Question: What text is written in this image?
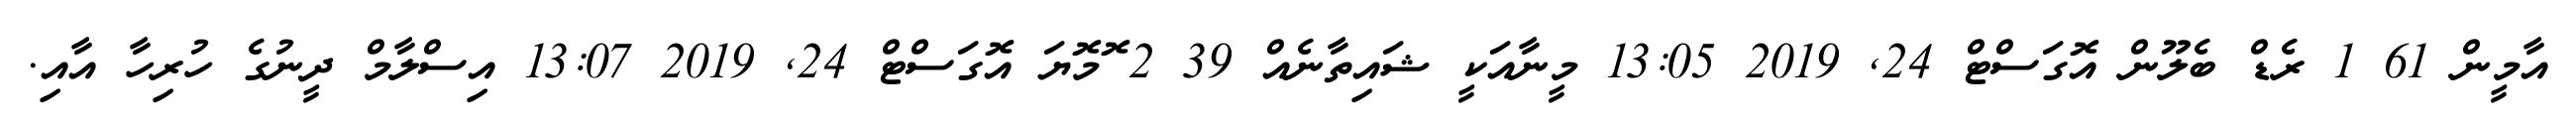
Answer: އާމީން 61 1 ރެޑް ބެލޫން އޮގަސްޓް 24, 2019 13:05 މީނާއަކީ ޝައިތާނެއް 39 2 ޮމޮޔަ އޮގަސްޓް 24, 2019 13:07 އިސްލާމް ދީނުގެ ހުރިހާ އާއި.